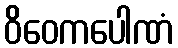
ဝိဝေကပေါဏံ